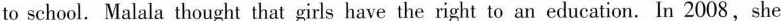
to school. Malala thought that girls have the right to an education. In 2008,she